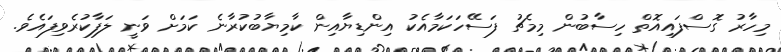
މިހާރު ގޮސްފައިއޮތް ހިސާބުން މިމެޗު ފަސޭހަކަމާއެކު އިންޑިޔާއިން ކާމިޔާބުކުރާނެ ކަމަށް ވަނީ ލަފާކުރެވިފައެވެ.